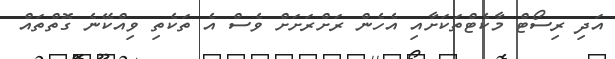
އަދި ރިސޯޓް މާކެޓްތަކަށާއި އެހެން ރަށްރަށަށް ވެސް އެ ތަކެތި ވިއްކޭނެ ގޮތްތައް